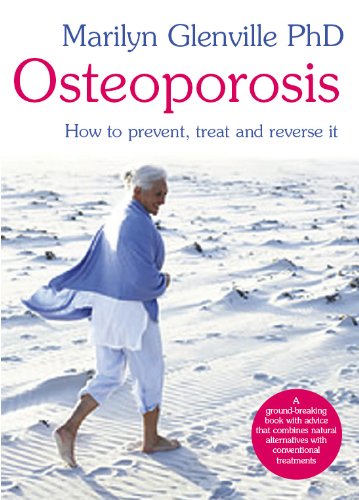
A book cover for OSTEOPOROSIS: HOW TO PREVENT, TREAT AND REVERSE IT; MARILYN GLENVILLE; Health, Fitness & Dieting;